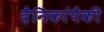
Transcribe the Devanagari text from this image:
दैनिकांपैकी